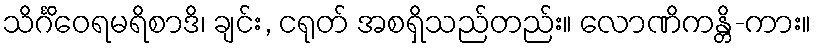
သိင်္ဂိဝေရမရိစာဒိ၊ ချင်း, ငရုတ် အစရှိသည်တည်း။ လောဏိကန္တိ-ကား။